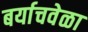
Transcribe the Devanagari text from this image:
बर्याचवेळा